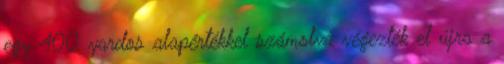
egy 400 yardos alapértékkel számolva végezték el újra a